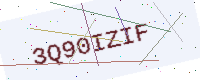
Text: 3Q90IZIF